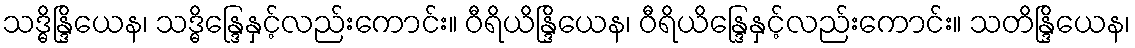
သဒ္ဓိန္ဒြိယေန၊ သဒ္ဓိန္ဒြေနှင့်လည်းကောင်း။ ဝီရိယိန္ဒြိယေန၊ ဝီရိယိန္ဒြေနှင့်လည်းကောင်း။ သတိန္ဒြိယေန၊